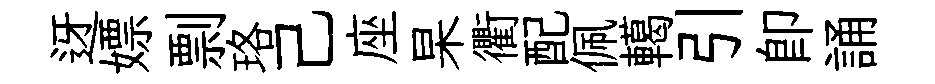
迓嫖剽珞己座杲衢配佩轕引卽誦